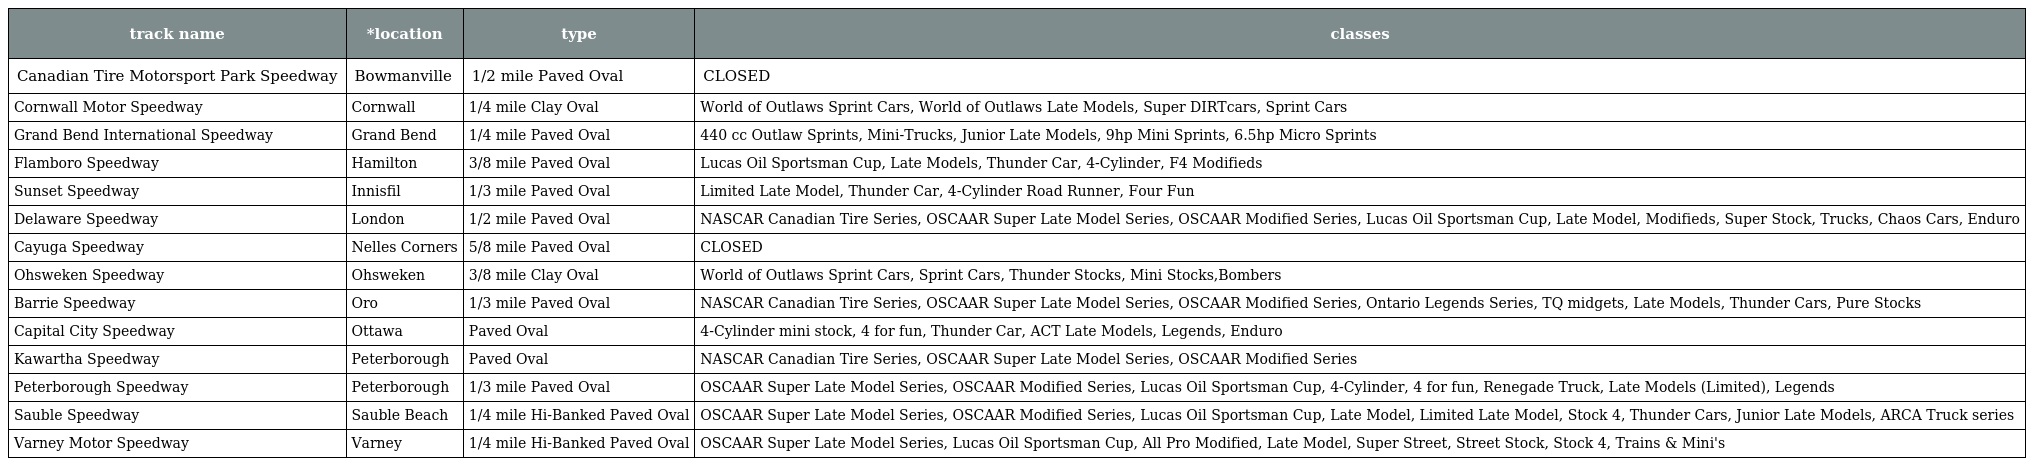
| track name | *location | type | classes |
 | --- | --- | --- | --- |
 | Canadian Tire Motorsport Park Speedway | Bowmanville | 1/2 mile Paved Oval | CLOSED |
 | Cornwall Motor Speedway | Cornwall | 1/4 mile Clay Oval | World of Outlaws Sprint Cars, World of Outlaws Late Models, Super DIRTcars, Sprint Cars |
 | Grand Bend International Speedway | Grand Bend | 1/4 mile Paved Oval | 440 cc Outlaw Sprints, Mini-Trucks, Junior Late Models, 9hp Mini Sprints, 6.5hp Micro Sprints |
 | Flamboro Speedway | Hamilton | 3/8 mile Paved Oval | Lucas Oil Sportsman Cup, Late Models, Thunder Car, 4-Cylinder, F4 Modifieds |
 | Sunset Speedway | Innisfil | 1/3 mile Paved Oval | Limited Late Model, Thunder Car, 4-Cylinder Road Runner, Four Fun |
 | Delaware Speedway | London | 1/2 mile Paved Oval | NASCAR Canadian Tire Series, OSCAAR Super Late Model Series, OSCAAR Modified Series, Lucas Oil Sportsman Cup, Late Model, Modifieds, Super Stock, Trucks, Chaos Cars, Enduro |
 | Cayuga Speedway | Nelles Corners | 5/8 mile Paved Oval | CLOSED |
 | Ohsweken Speedway | Ohsweken | 3/8 mile Clay Oval | World of Outlaws Sprint Cars, Sprint Cars, Thunder Stocks, Mini Stocks,Bombers |
 | Barrie Speedway | Oro | 1/3 mile Paved Oval | NASCAR Canadian Tire Series, OSCAAR Super Late Model Series, OSCAAR Modified Series, Ontario Legends Series, TQ midgets, Late Models, Thunder Cars, Pure Stocks |
 | Capital City Speedway | Ottawa | Paved Oval | 4-Cylinder mini stock, 4 for fun, Thunder Car, ACT Late Models, Legends, Enduro |
 | Kawartha Speedway | Peterborough | Paved Oval | NASCAR Canadian Tire Series, OSCAAR Super Late Model Series, OSCAAR Modified Series |
 | Peterborough Speedway | Peterborough | 1/3 mile Paved Oval | OSCAAR Super Late Model Series, OSCAAR Modified Series, Lucas Oil Sportsman Cup, 4-Cylinder, 4 for fun, Renegade Truck, Late Models (Limited), Legends |
 | Sauble Speedway | Sauble Beach | 1/4 mile Hi-Banked Paved Oval | OSCAAR Super Late Model Series, OSCAAR Modified Series, Lucas Oil Sportsman Cup, Late Model, Limited Late Model, Stock 4, Thunder Cars, Junior Late Models, ARCA Truck series |
 | Varney Motor Speedway | Varney | 1/4 mile Hi-Banked Paved Oval | OSCAAR Super Late Model Series, Lucas Oil Sportsman Cup, All Pro Modified, Late Model, Super Street, Street Stock, Stock 4, Trains & Mini's |